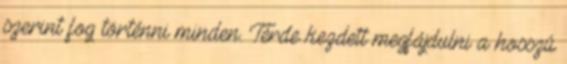
szerint fog történni minden. Térde kezdett megfájdulni a hosszú